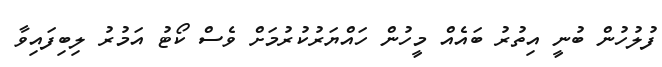
ފުލުހުން ބުނީ އިތުރު ބައެއް މީހުން ހައްޔަރުކުރުމަށް ވެސް ކޯޓު އަމުރު ލިބިފައިވާ